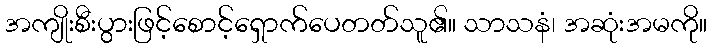
အကျိုးစီးပွားဖြင့်စောင့်ရှောက်ပေတတ်သူ၏။ သာသနံ၊ အဆုံးအမကို။